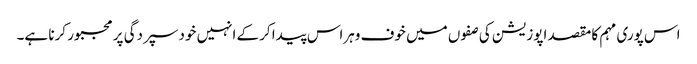
اس پوری مہم کا مقصد اپوزیشن کی صفوں میں خوف وہراس پیدا کرکے انہیں خود سپردگی پر مجبور کرنا ہے۔